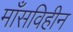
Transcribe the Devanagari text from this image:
माँसविहीन